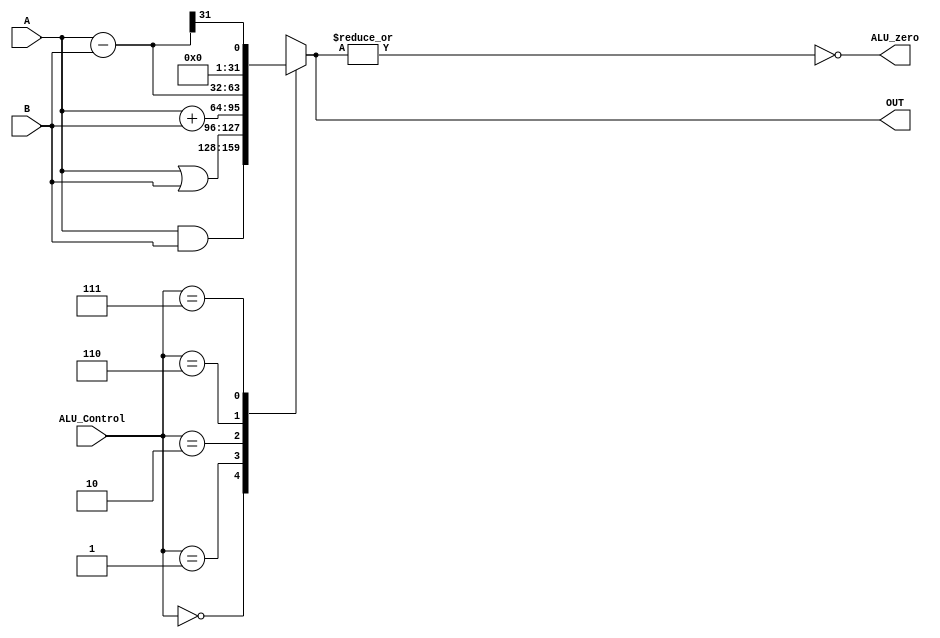
    module ALU ( OUT , ALU_zero ,  A , B , ALU_Control );

    output [31:0] OUT ;
    output        ALU_zero ;
    input  [31:0] A , B;
    input  [2:0]  ALU_Control ;
    
    reg    [31:0] OUT;  

    assign ALU_zero  = ~ ( | OUT ) ;  // ALU_zero = 1  when  OUT =0 ;

    wire   [31:0] DIFF = A - B ; 
   
    always @ ( A or B or ALU_Control or DIFF)

    case(ALU_Control)

    3'b000 :     OUT = A & B  ;
    3'b001 :     OUT = A | B  ;
    3'b010 :     OUT = A + B  ;
    3'b110 :     OUT = DIFF  ;
    3'b111 :     OUT = { {31{1'b0}} , DIFF[31] } ; // OUT  =00...001 when A < B 
    ///3'b111 for slt instruction                  // DIFF[31] =1    when A < B
    default :    OUT = 32'hxxxxxxxx ;              
    endcase 
    
    endmodule